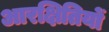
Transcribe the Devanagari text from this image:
आरक्षितियों